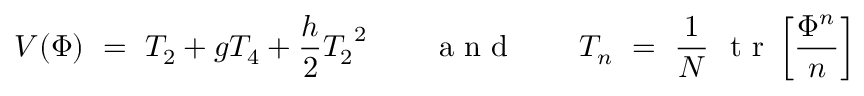
V ( \Phi ) \ = \ T _ { 2 } + g T _ { 4 } + { \frac { h } { 2 } } { T _ { 2 } } ^ { 2 } \qquad \makebox { a n d } \qquad T _ { n } \ = \ { \frac { 1 } { N } } \ \makebox { t r } \left[ { \frac { \Phi ^ { n } } { n } } \right]